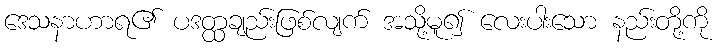
ဒေသနာဟာရ၏ ပဒတ္ထချည်းဖြစ်လျက် အသို့မူ၍ လေးပါးသော နည်းတို့ကို